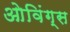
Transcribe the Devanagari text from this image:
ओविंग्स